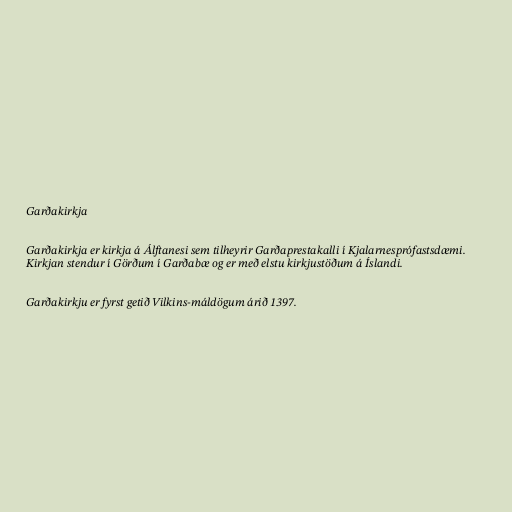
Garðakirkja

Garðakirkja er kirkja á Álftanesi sem tilheyrir Garðaprestakalli í Kjalarnesprófastsdæmi.
Kirkjan stendur í Görðum í Garðabæ og er með elstu kirkjustöðum á Íslandi.

Garðakirkju er fyrst getið Vilkins-máldögum árið 1397.